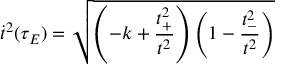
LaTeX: \dot { t } ^ { 2 } ( \tau _ { E } ) = \sqrt { \left( - k + \frac { t _ { + } ^ { 2 } } { t ^ { 2 } } \right) \left( 1 - \frac { t _ { - } ^ { 2 } } { t ^ { 2 } } \right) }